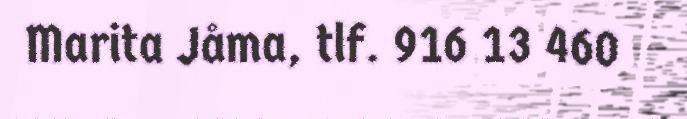
Marita Jåma, tlf. 916 13 460